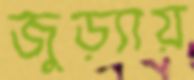
জুড়্যায়